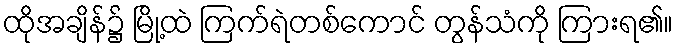
ထိုအချိန်၌ မြို့ထဲ ကြက်ရဲတစ်ကောင် တွန်သံကို ကြားရ၏။